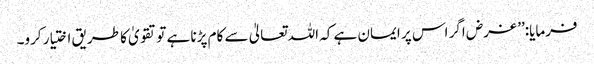
فرمایا:’’ غرض اگر اس پر ایمان ہے کہ اللہ تعالیٰ سے کام پڑنا ہے تو تقویٰ کا طریق اختیار کرو۔